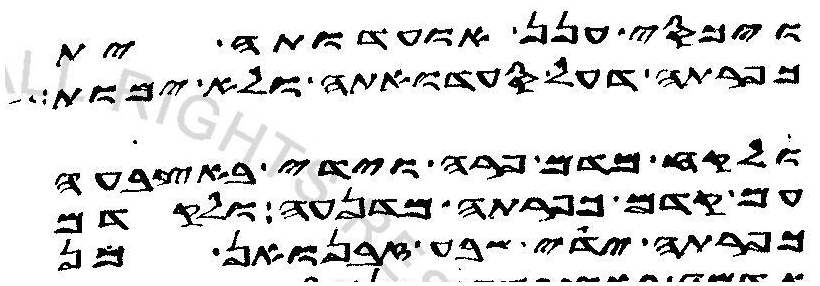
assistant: ויכסי ענן אועדותה ית
כפרתה דעל סעדואתה ולא ימות
ולקח ויסב מדם פרה וידי באצבעה
עם קדם כפרתה מדנעה ולקדם
כפרתה ידי שבע זבנואן מן